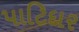
પાટિદાર